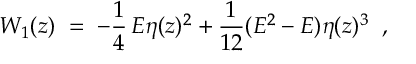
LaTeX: W _ { 1 } ( z ) \; = \; - \frac { 1 } { 4 } \, E \eta ( z ) ^ { 2 } + \frac { 1 } { 1 2 } ( E ^ { 2 } - E ) \eta ( z ) ^ { 3 } \; \; ,